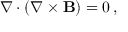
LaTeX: \nabla \cdot ( \nabla \times \mathbf { B } ) = 0 \, ,